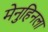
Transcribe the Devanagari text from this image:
मेनुहिनला